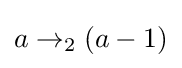
a\rightarrow _{2}(a-1)